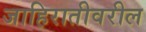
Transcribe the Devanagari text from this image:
जाहिरातीवरील